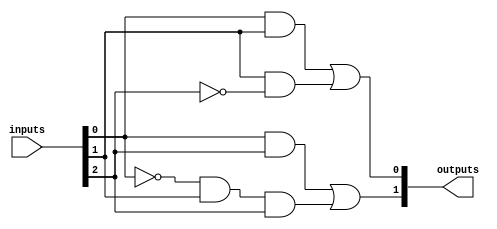
module masked_pal #(
    parameter NUM_INPUTS = 3,    // Number of inputs (A, B, C, etc.)
    parameter NUM_ANDS = 4,      // Number of AND gates
    parameter NUM_ORS = 2         // Number of OR gates
)(
    input wire [NUM_INPUTS-1:0] inputs, // Input lines (A, B, C, etc.)
    output wire [NUM_ORS-1:0] outputs    // Output lines
);

// Define the AND array
wire [NUM_ANDS-1:0] and_out;

// Masked connections for AND gates
// Each AND gate can connect to any combination of inputs or their complements
// This is a simple hardcoded example; in practice, these would be 
// determined by the masking process.
assign and_out[0] = inputs[0] & inputs[1];             // A AND B
assign and_out[1] = inputs[1] & ~inputs[2];            // B AND NOT C
assign and_out[2] = inputs[0] & inputs[2];             // A AND C
assign and_out[3] = ~inputs[0] & inputs[1] & inputs[2]; // NOT A AND B AND C

// Define the OR array
// Fixed OR gates combining outputs from the AND gates
assign outputs[0] = and_out[0] | and_out[1]; // OR gate 1
assign outputs[1] = and_out[2] | and_out[3]; // OR gate 2

endmodule